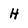
Character: H